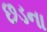
છડના